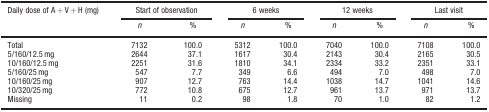
<table><thead><tr><td rowspan="2"><b>Daily dose of A + V + H (mg)</b></td><td colspan="2"><b>Start of observation</b></td><td colspan="2"><b>6 weeks</b></td><td colspan="2"><b>12 weeks</b></td><td colspan="2"><b>Last visit</b></td></tr><tr><td><b><i>n</i></b></td><td><b>%</b></td><td><b><i>n</i></b></td><td><b>%</b></td><td><b><i>n</i></b></td><td><b>%</b></td><td><b><i>n</i></b></td><td><b>%</b></td></tr></thead><tbody><tr><td>Total</td><td>7132</td><td>100.0</td><td>5312</td><td>100.0</td><td>7040</td><td>100.0</td><td>7108</td><td>100.0</td></tr><tr><td>5/160/12.5 mg</td><td>2644</td><td>37.1</td><td>1617</td><td>30.4</td><td>2143</td><td>30.4</td><td>2165</td><td>30.5</td></tr><tr><td>10/160/12.5 mg</td><td>2251</td><td>31.6</td><td>1810</td><td>34.1</td><td>2334</td><td>33.2</td><td>2351</td><td>33.1</td></tr><tr><td>5/160/25 mg</td><td>547</td><td>7.7</td><td>349</td><td>6.6</td><td>494</td><td>7.0</td><td>498</td><td>7.0</td></tr><tr><td>10/160/25 mg</td><td>907</td><td>12.7</td><td>763</td><td>14.4</td><td>1038</td><td>14.7</td><td>1041</td><td>14.6</td></tr><tr><td>10/320/25 mg</td><td>772</td><td>10.8</td><td>675</td><td>12.7</td><td>961</td><td>13.7</td><td>971</td><td>13.7</td></tr><tr><td>Missing</td><td>11</td><td>0.2</td><td>98</td><td>1.8</td><td>70</td><td>1.0</td><td>82</td><td>1.2</td></tr></tbody></table>